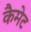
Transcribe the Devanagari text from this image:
कैमेट